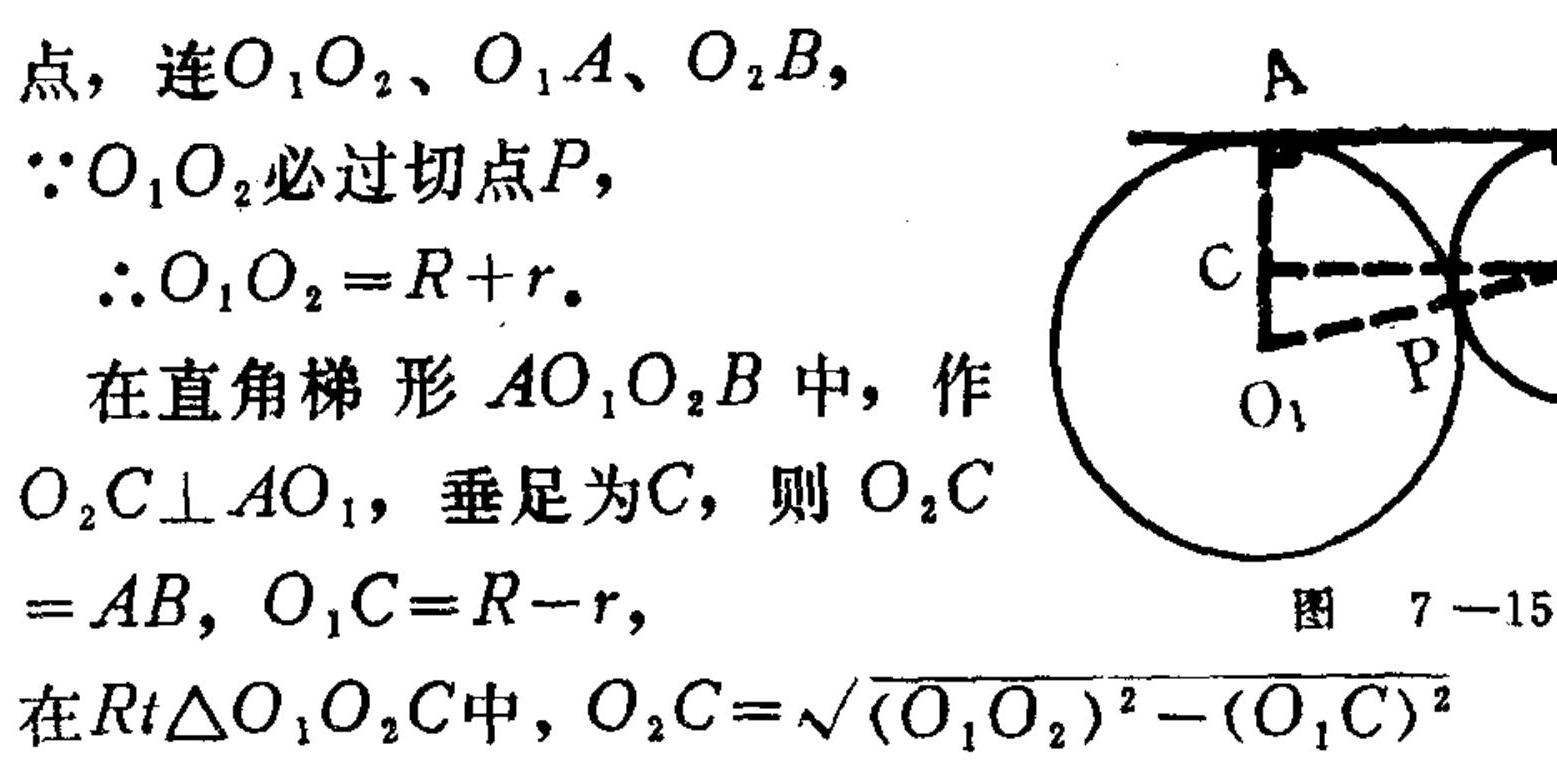
点，连$O_{1}O_{2}、O_{1}A、O_{2}B,$
$\because O_{1}O_{2}$必过切点$P,$
$\therefore O_{1}O_{2}=R + r。$
在直角梯形$AO_{1}O_{2}B$中，作
$O_{2}C\perp AO_{1}$，垂足为$C$，则$O_{2}C$
$= AB,\ O_{1}C=R - r,$
在$Rt\triangle O_{1}O_{2}C$中，$O_{2}C=\sqrt{(O_{1}O_{2})^{2}-(O_{1}C)^{2}}$<img src="https://pic2.zhimg.com/v2-85d0c8d98c8c8d9d95c89598d8d8c895_b.jpg" width="300"> 图 \(7 - 15\)